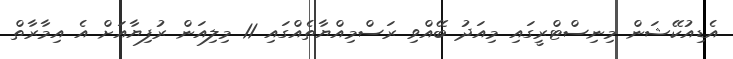
އެޑިއުކޭޝަން މިނިސްޓްރީގައި މިއަދު ބޭއްވި ރަސްމިއްޔާތެއްގައި 11 މިލިއަން ރުފިޔާއަށް އެ އިމާރާތް